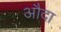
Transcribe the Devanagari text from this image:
औदा